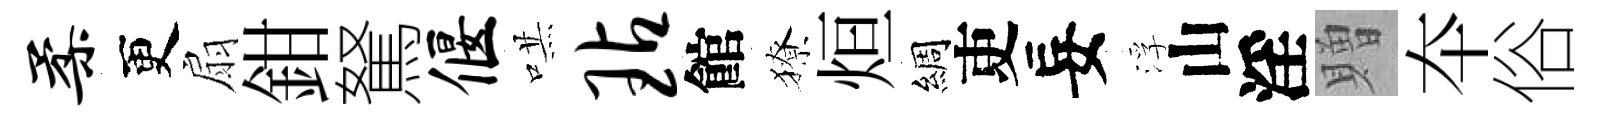
柔更扇鉗駑偃哄玷館獠烜綢吏妄浮山淫贈夲俗